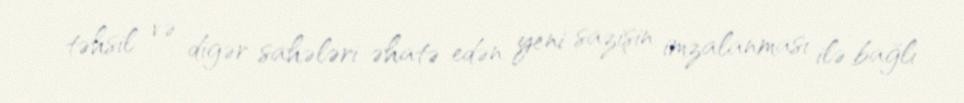
təhsil və digər sahələri əhatə edən yeni sazişin imzalanması ilə bağlı